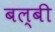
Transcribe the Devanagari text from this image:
बल्बी